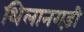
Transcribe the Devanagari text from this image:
थिलानगड़ी